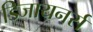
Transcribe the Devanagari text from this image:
डिजायनर्स